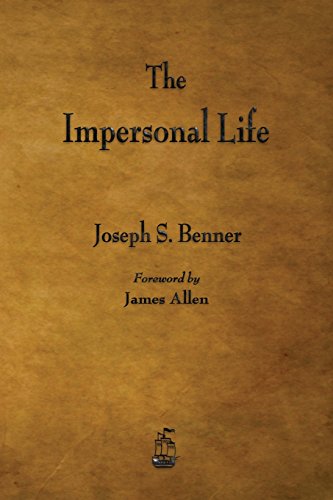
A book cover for The Impersonal Life; Joseph S. Benner; Christian Books & Bibles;